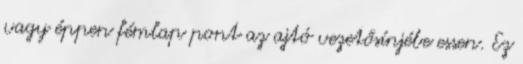
vagy éppen fémlap pont az ajtó vezetősínjébe essen. Ez